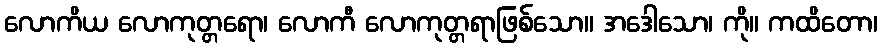
လောကိယ လောကုတ္တရော၊ လောကီ လောကုတ္တရာဖြစ်သော။ အဒေါသော၊ ကို။ ကထိတော၊